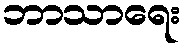
ဘာသာရေး